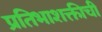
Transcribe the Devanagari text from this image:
प्रतिभाशक्तीची